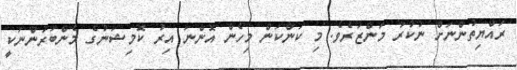
ރައްޔިތުންނަށް ނުކުރާ މަންޒަރެވެ. މި ކަންކަން މިހެން އޮންނަ އިރު ކޮމިޝަނުގެ މެންބަރުންނަކީ